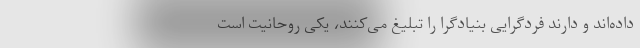
داده‌اند و دارند فردگرایی بنیادگرا را تبلیغ می‌کنند، یکی روحانیت است